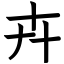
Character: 𠦄